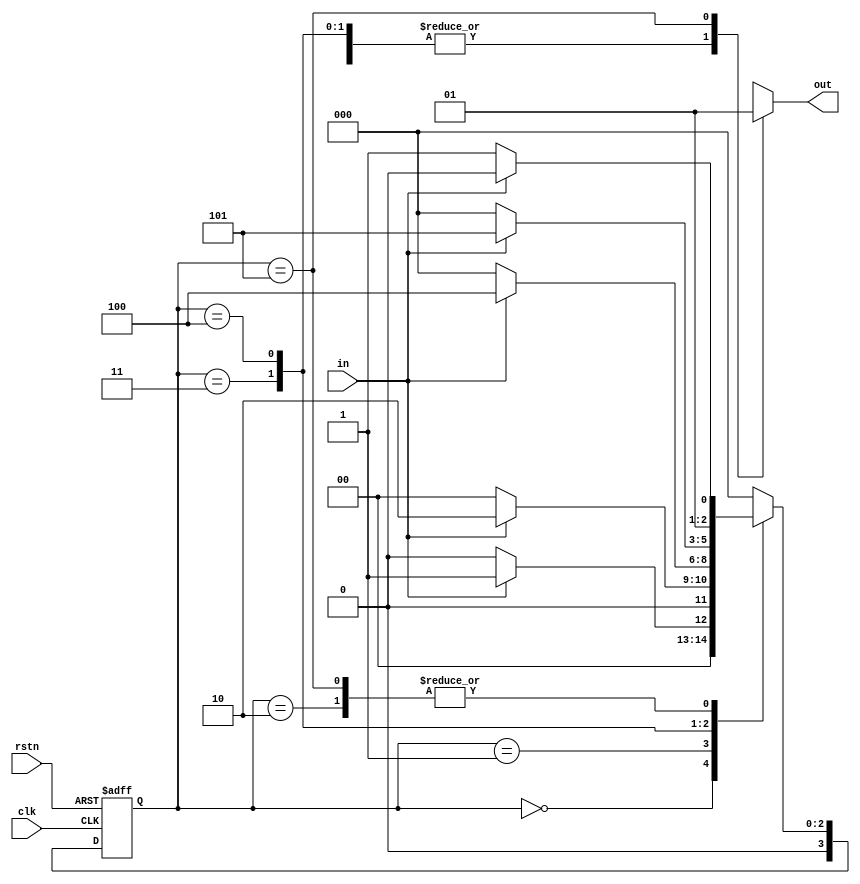
module sequencing11011(
    input           clk,
    input           rstn,
    input           in,
    output      reg out
);

    localparam S0 = 3'b000;
    localparam S1 = 3'b001;
    localparam S2 = 3'b010;
    localparam S3 = 3'b011;
    localparam S4 = 3'b100;
    localparam S5 = 3'b101;

    reg [3:0] state;
    reg [3:0] next_state;

    always @(negedge rstn or posedge clk) begin
        if (!rstn) begin
            state <= S0;
        end
        else begin
            state <= next_state;
        end
    end

    always @(state or in) begin
        case(state)
        S0: begin
            next_state =  in ? S1 : S0;
        end
        S1: begin
            next_state =  in ? S2 : S0;
        end
        S2: begin
            next_state =  in ? S2 : S3;
        end
        S3: begin
            next_state =  in ? S4 : S0;
        end
        S4: begin
            next_state =  in ? S5 : S0;
        end
        S5: begin
            next_state =  in ? S2 : S3;
        end
        default: next_state = S0;
        endcase
    end

    always @(state) begin
        case(state)
        S0:out = 1'b0;
        S1:out = 1'b0;
        S2:out = 1'b0;
        S3:out = 1'b0;
        S4:out = 1'b0;
        S5:out = 1'b1;
        default: out = 1'bx;
        endcase
    end
endmodule